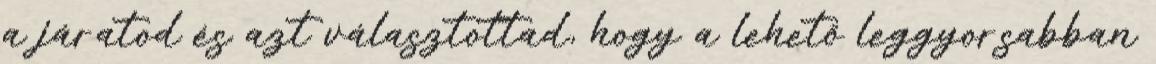
a járatod és azt választottad, hogy a lehető leggyorsabban